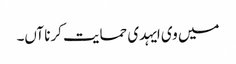
میں وی ایہدی حمایت کرنا آں۔